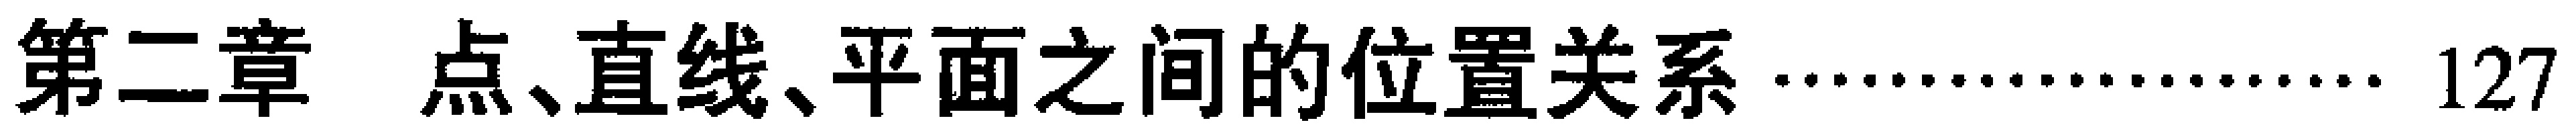
第二章 点、直线、平面之间的位置关系……127